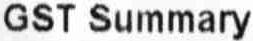
GST SUMMARY